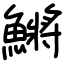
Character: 鱂